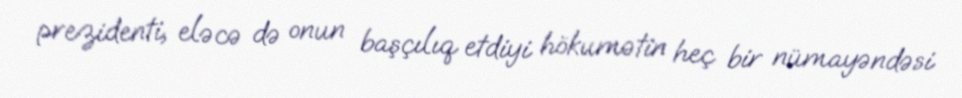
prezidenti, eləcə də onun başçılıq etdiyi hökumətin heç bir nümayəndəsi